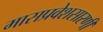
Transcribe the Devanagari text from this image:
मासप्रवेशसारणी